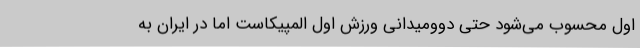
اول محسوب می‌شود حتی دوومیدانی ورزش اول المپیکاست اما در ایران به